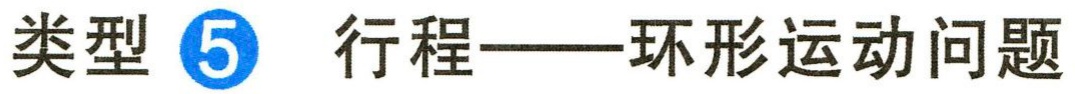
类型 \textcircled{5} 行程——环形运动问题